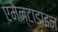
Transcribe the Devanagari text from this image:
एमैन्टाडाइन